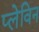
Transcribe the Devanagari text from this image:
प्लेविन